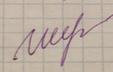
Signature authenticity: genuine